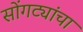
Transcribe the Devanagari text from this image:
सोंगट्यांचा